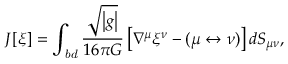
J [ \xi ] = \int _ { \it b d } \frac { \sqrt { \left| { g } \right| } } { 1 6 \pi G } \left[ \nabla ^ { \mu } \xi ^ { \nu } - ( \mu \leftrightarrow \nu ) \right] d S _ { \mu \nu } ,